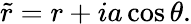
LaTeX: \tilde{r}=r+ia\cos\theta.